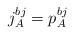
LaTeX: \begin{align*}j^{bj}_A = p^{bj}_A\end{align*}